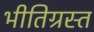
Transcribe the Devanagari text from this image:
भीतिग्रस्त